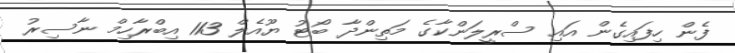
ފެން ހިފައިގެން އައި ސްރީލަންކާގެ މަތިންދާ ބޯޓު ޔޫއެލް 113 އިބްރާހިމް ނާސިރު